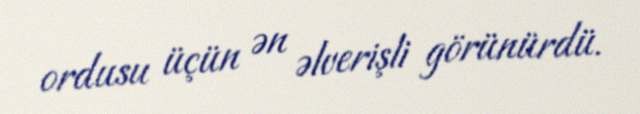
ordusu üçün ən əlverişli görünürdü.